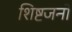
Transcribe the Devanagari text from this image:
शिष्टजनों